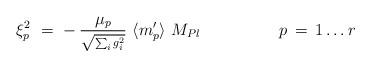
LaTeX: \begin{align*}\xi^2_p\ =\ -\, \frac{\mu_p}{\scriptstyle{\sqrt{\sum_i g^2_i}}}\ \langle m'_p \rangle\ M_{Pl} \hskip 2cm p\, =\, 1 \ldots r\end{align*}